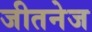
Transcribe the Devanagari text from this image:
जीतनेज